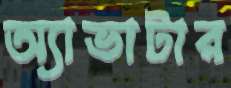
অ্যাভাটার